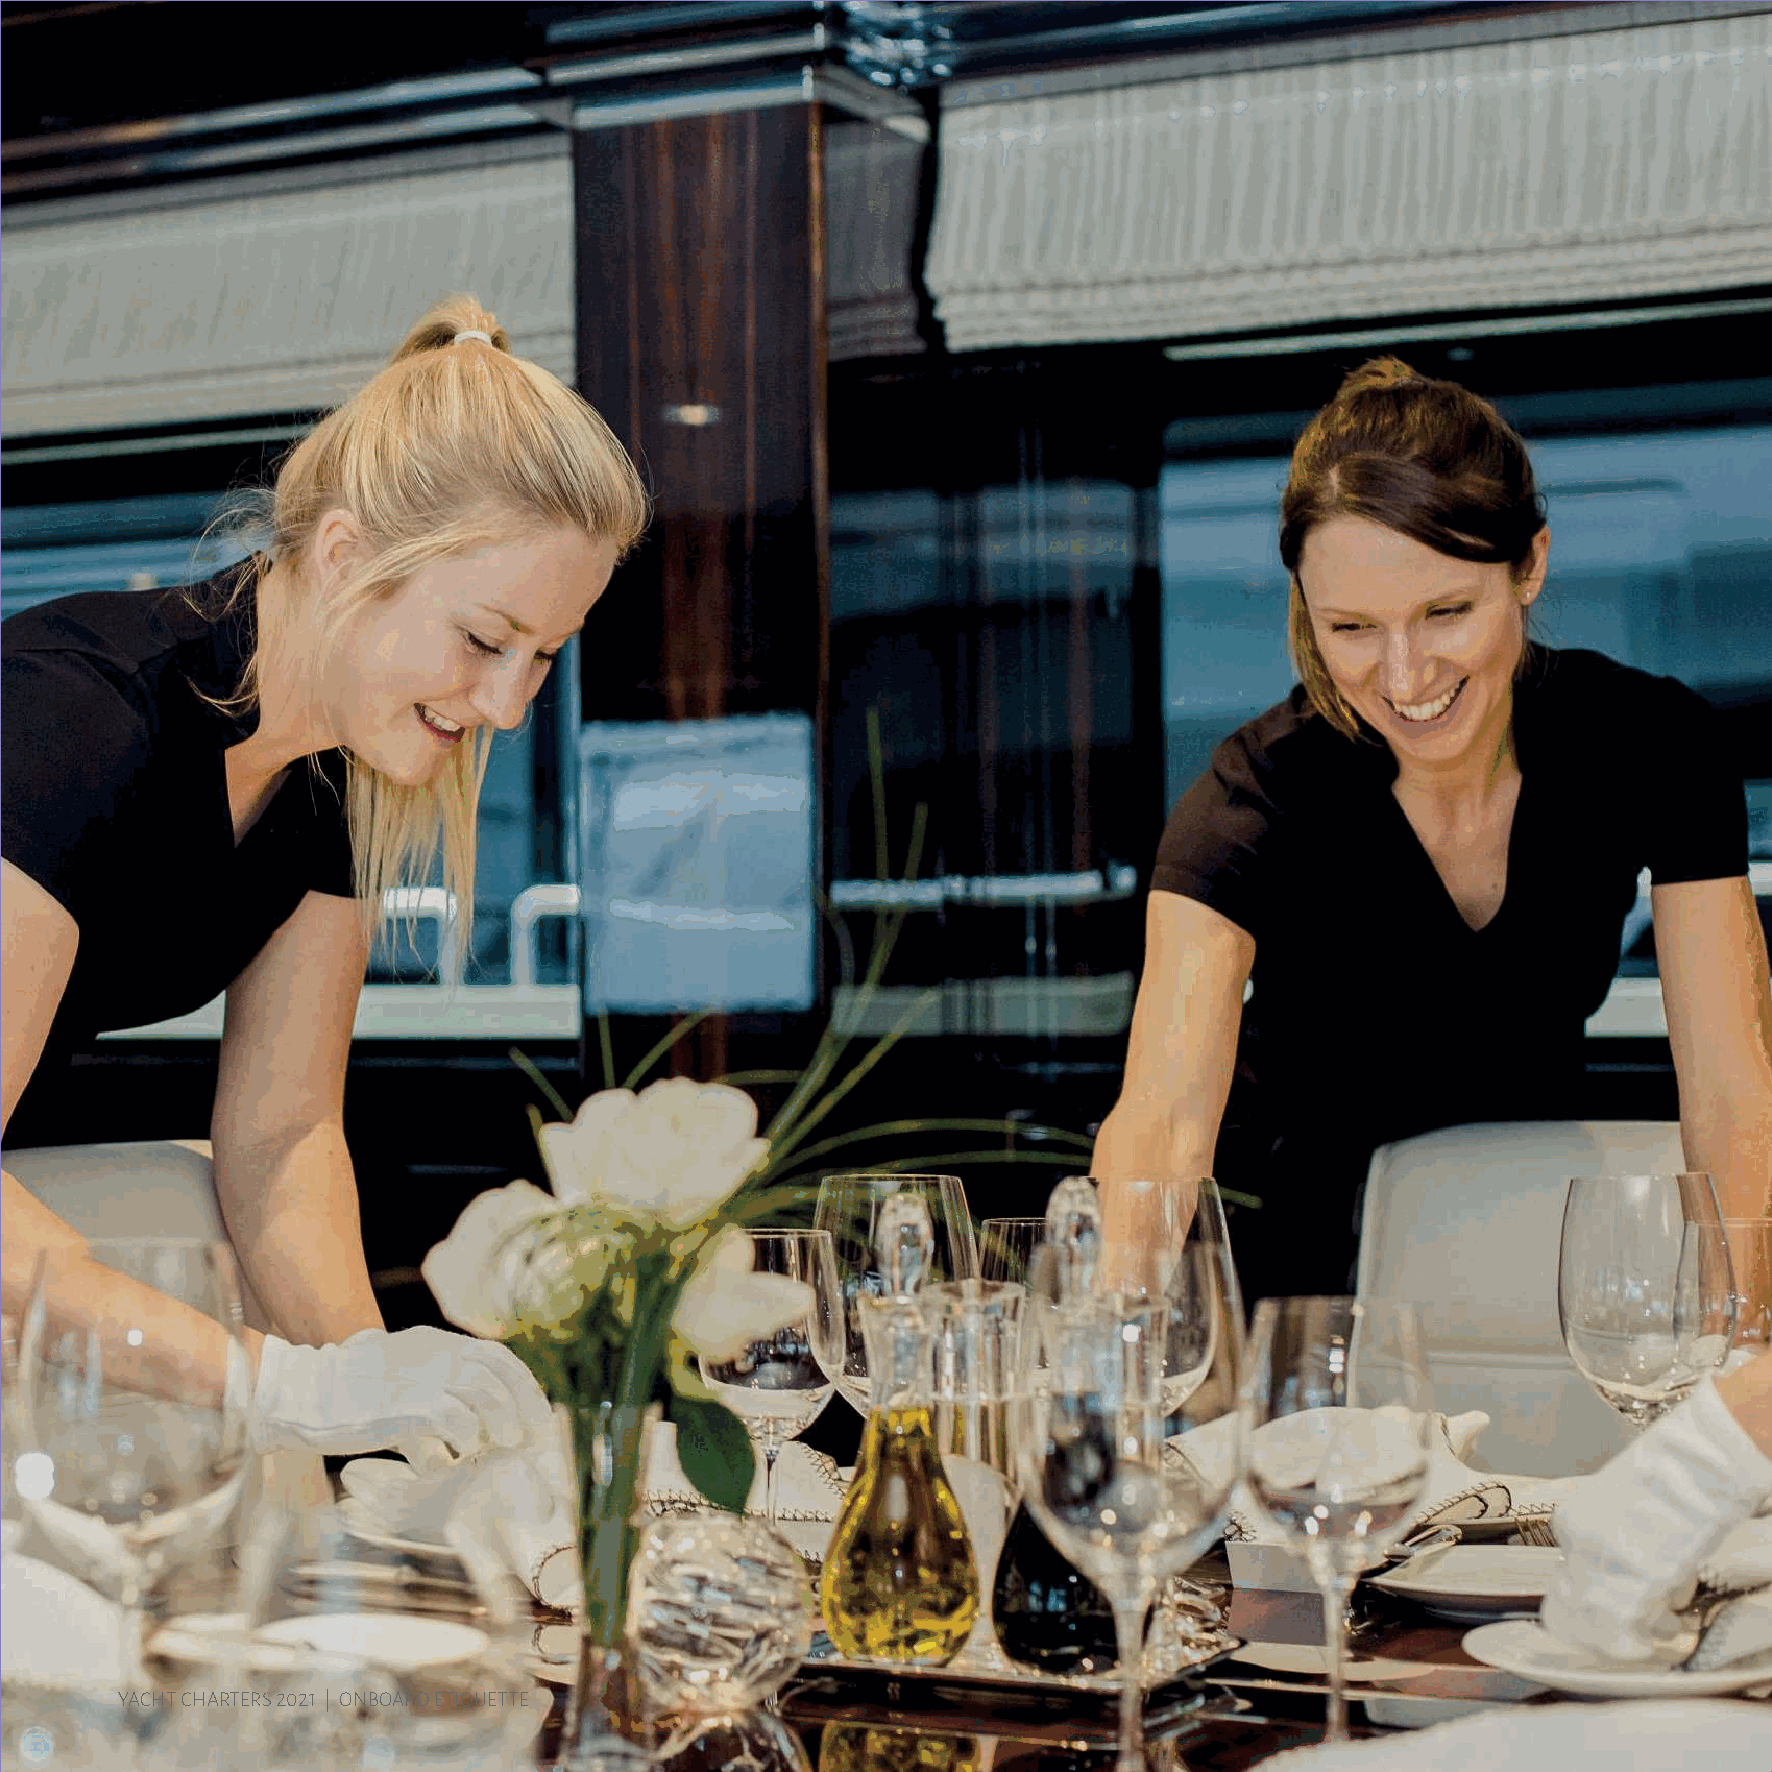
YACHT CHARTERS 2021 | ONBOARD ETIQUETTE                                                             13